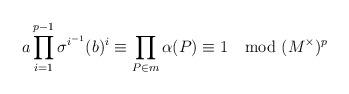
LaTeX: \begin{align*} a \prod_{i=1}^{p-1} \sigma^{i^{-1}} (b)^{i} \equiv \prod_{P \in m} \alpha(P) \equiv 1 \mod{(M^\times)^p} \end{align*}